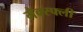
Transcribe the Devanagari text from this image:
मैक्स्फ्ली